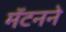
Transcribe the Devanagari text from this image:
मॅटनने